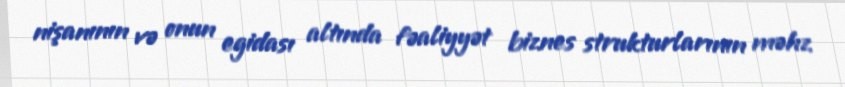
nişanının və onun egidası altında fəaliyyət biznes strukturlarının məhz